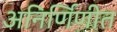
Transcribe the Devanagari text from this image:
अनिर्णिणीत